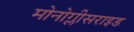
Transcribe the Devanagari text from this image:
मोनोग्लीसराइड